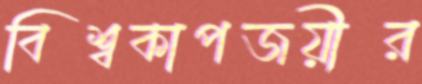
বিশ্বকাপজয়ীর